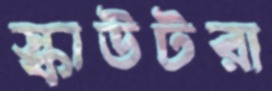
স্কাউটরা